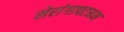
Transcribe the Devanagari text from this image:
सेरांगापटनम